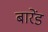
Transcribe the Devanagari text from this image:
बारेंड